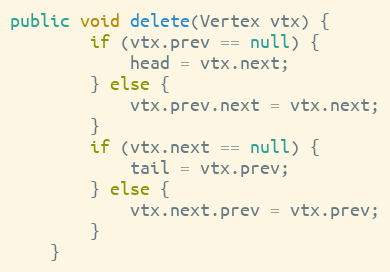
Language: Java
public void delete(Vertex vtx) {
        if (vtx.prev == null) {
            head = vtx.next;
        } else {
            vtx.prev.next = vtx.next;
        }
        if (vtx.next == null) {
            tail = vtx.prev;
        } else {
            vtx.next.prev = vtx.prev;
        }
    }